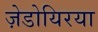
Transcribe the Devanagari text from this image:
ज़ेडोयिरया